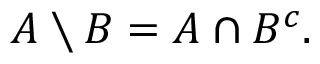
A \setminus B = A \cap B ^ { c } .